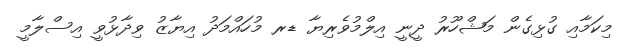
މިކަމާއި ގުޅިގެން މަޝްހޫރު ދީނީ އިލްމުވެރިޔާ ޑރ މުހައްމަދު އިޔާޒު ވިދާޅުވީ އިސްލާމީ